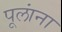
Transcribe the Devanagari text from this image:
पूलांना